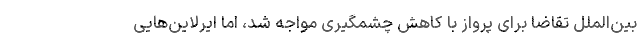
بین‌الملل تقاضا برای پرواز با کاهش چشمگیری مواجه شد، اما ایرلاین‌هایی